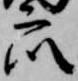
衆